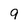
Character: 9